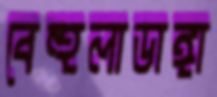
বেহুলাডাঙ্গা